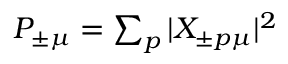
\begin{array} { r } { P _ { \pm \mu } = \sum _ { p } | X _ { \pm p \mu } | ^ { 2 } } \end{array}